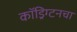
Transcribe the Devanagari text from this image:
कॉड्रिंग्टनचा